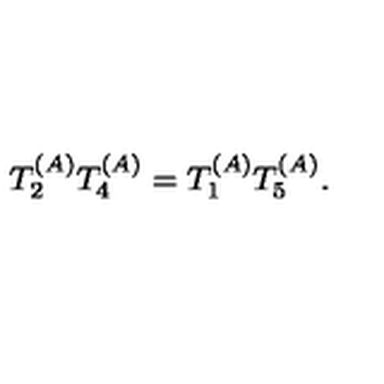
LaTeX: T _ { 2 } ^ { ( A ) } T _ { 4 } ^ { ( A ) } = T _ { 1 } ^ { ( A ) } T _ { 5 } ^ { ( A ) } .